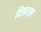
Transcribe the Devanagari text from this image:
दिलरास